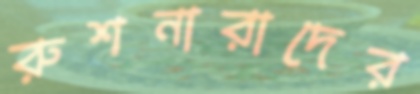
রুশনারাদের